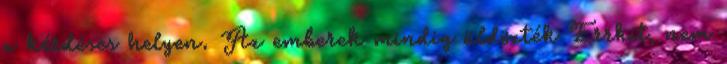
a kérdéses helyen. Az emberek mindig üldözték Errkit, nem